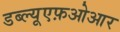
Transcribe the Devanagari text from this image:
डब्ल्यूएफ़ओआर